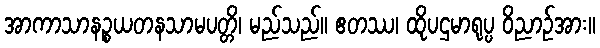
အာကာသာနဉ္စယတနသာမပတ္တိ၊ မည်သည်။ ဧတဿ၊ ထိုပဌမာရုပ္ပ ဝိညာဉ်အား။